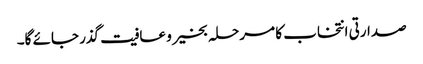
صدارتی انتخاب کا مرحلہ بخیر و عافیت گذر جائے گا۔